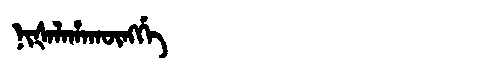
Manchu: ᠨᡳᡧᠠᠯᠠᡥᠠᡴᡡᠩᡤᡝ
Romanization: NIŠALAHAKŪNGGE